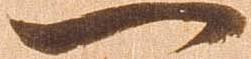
一